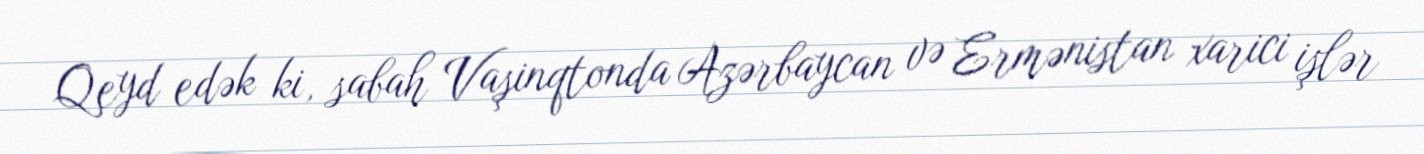
Qeyd edək ki, sabah Vaşinqtonda Azərbaycan və Ermənistan xarici işlər